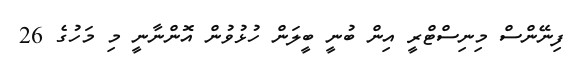
ފިނޭންސް މިނިސްޓްރީ އިން ބުނީ ބީލަން ހުޅުވުން އޮންނާނީ މި މަހުގެ 26